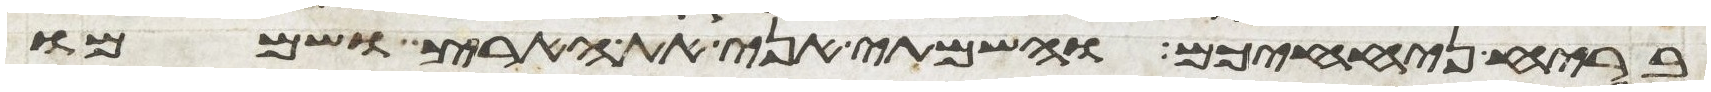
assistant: בריח ניחחכם והשמתי אני את הארץ ושממו